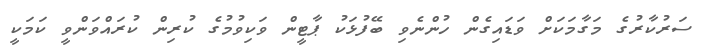
ސަރުކާރުގެ މަގާމަކަށް ވަޑައިގެން ހުންނެވި ބޭފުޅަކު ޕާޓީން ވަކިވުމުގެ ކުރިން ކުރައްވަންވީ ކަމަކީ